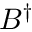
B ^ { \dagger }